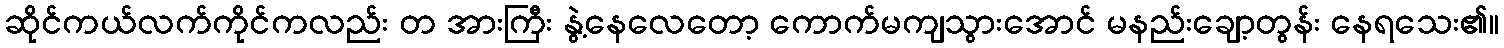
ဆိုင်ကယ်လက်ကိုင်ကလည်း တ အားကြီး နွဲ့နေလေတော့ ကောက်မကျသွားအောင် မနည်းချော့တွန်း နေရသေး၏။